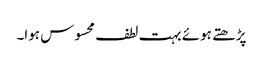
پڑھتے ہوئے بہت لطف محسوس ہوا۔